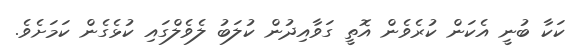
ކަކާ ބުނީ އެކަން ކުރެވެން އޮތީ ގަވާއިދުން ކުލަބު ލެވެލްގައި ކުޅެގެން ކަމަށެވެ.